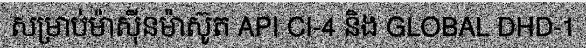
សម្រាប់ម៉ាស៊ីនម៉ាស៊ូត API CI-4 និង GLOBAL DHD-1